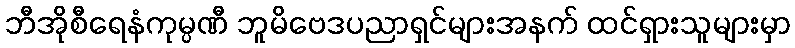
ဘီအိုစီရေနံကုမ္ပဏီ ဘူမိဗေဒပညာရှင်များအနက် ထင်ရှားသူများမှာ